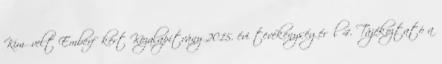
Kiművelt Emberfőkért Közalapítvány 2015. évi tevékenységéről 4. Tájékoztató a